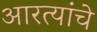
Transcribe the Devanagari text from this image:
आरत्यांचे